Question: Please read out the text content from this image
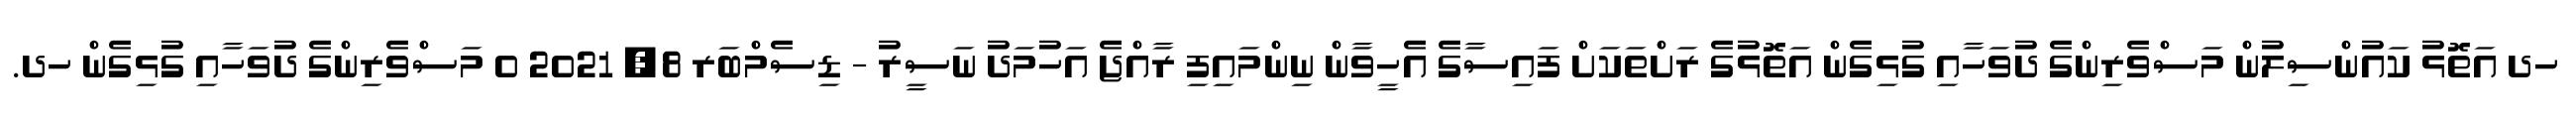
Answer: ހދ އަތޮޅު ކައުންސިލުން މަސްވެރިންގެ ދުވަހާއި ގުޅިގެން އަތޮޅުގެ ރަށްތަކަށް ފައިސާގެ އެހީވާން ނިންމައިފި ރާއްޖެ އަހުމަދު ނަސީރު - ޑިސެމްބަރ 8, 2021 0 މަސްވެރިންގެ ދުވަހާއި ގުޅިގެން ހދ.